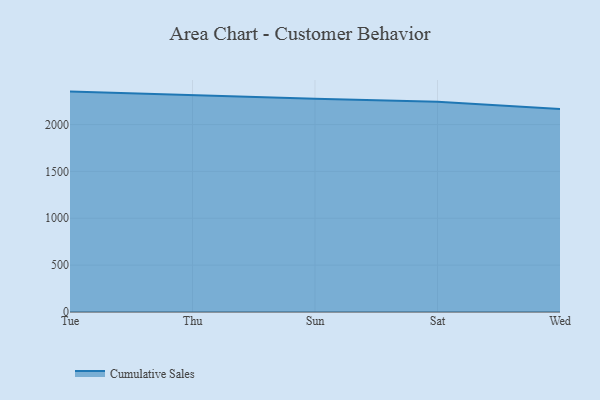
{"axis": {"x": "Day", "y": "Latency (ms)"}, "legend": ["Cumulative Sales"], "data": [{"x": "Tue", "y": 2351.4, "type": "Cumulative Sales"}, {"x": "Thu", "y": 2310.1, "type": "Cumulative Sales"}, {"x": "Sun", "y": 2274.4, "type": "Cumulative Sales"}, {"x": "Sat", "y": 2242.6, "type": "Cumulative Sales"}, {"x": "Wed", "y": 2165.0, "type": "Cumulative Sales"}]}